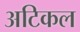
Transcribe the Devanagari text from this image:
अटिकल